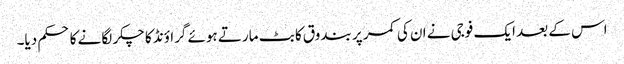
اس کے بعد ایک فوجی نے ان کی کمر پر بندوق کا بٹ مارتے ہوئے گراؤنڈ کا چکر لگانے کا حکم دیا۔